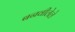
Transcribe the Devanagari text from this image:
बनवीलेले